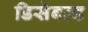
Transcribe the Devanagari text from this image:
डिसेबल्ड